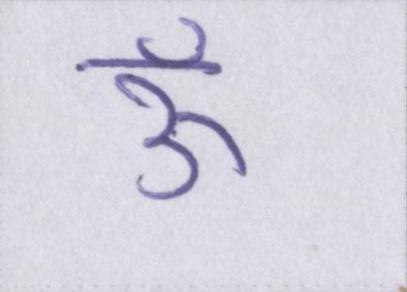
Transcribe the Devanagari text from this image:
ऊँ